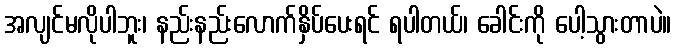
အလျင်မလိုပါဘူး၊ နည်းနည်းလောက်နှိပ်ပေးရင် ရပါတယ်၊ ခေါင်းကို ပေါ့သွားတာပဲ။